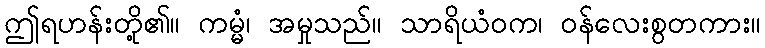
ဤရဟန်းတို့၏။ ကမ္မံ၊ အမှုသည်။ သာရိယံဝက၊ ဝန်လေးစွတကား။